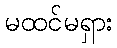
မထင်မရှား